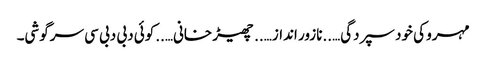
مہرو کی خود سپردگی…..نازور انداز…..چھیڑ خانی…..کوئی دبی دبی سی سرگوشی۔